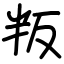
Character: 叛